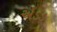
એડડ